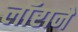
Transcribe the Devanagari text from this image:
लॉराने